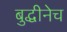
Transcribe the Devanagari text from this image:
बुद्धीनेच